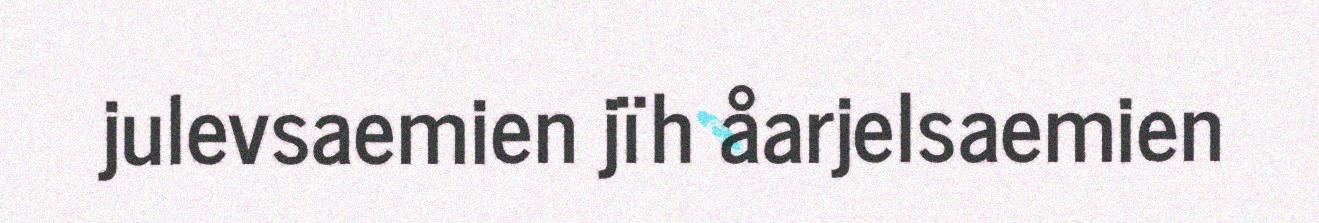
julevsaemien jïh åarjelsaemien